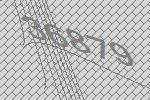
36879